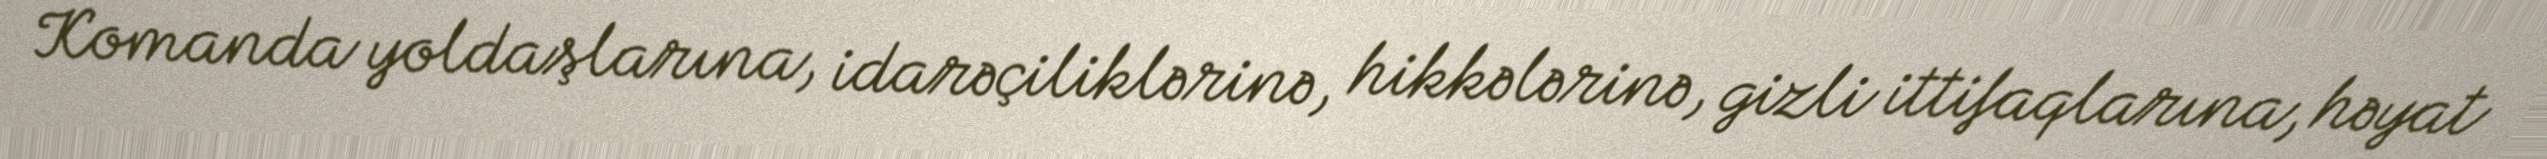
Komanda yoldaşlarına, idarəçiliklərinə, hikkələrinə, gizli ittifaqlarına, həyat